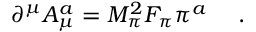
\partial ^ { \mu } A _ { \mu } ^ { a } = M _ { \pi } ^ { 2 } F _ { \pi } \pi ^ { a } ~ \quad .